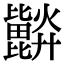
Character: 𣬗